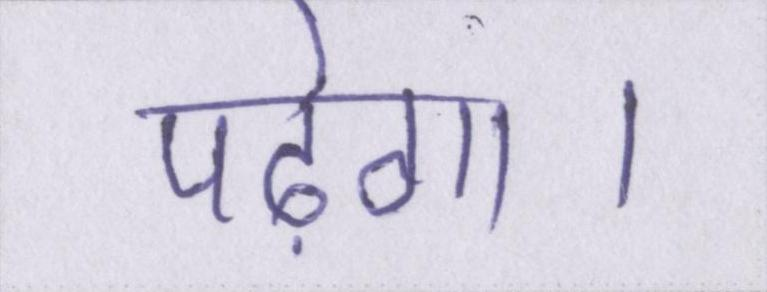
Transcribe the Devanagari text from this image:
पढ़ेगा।